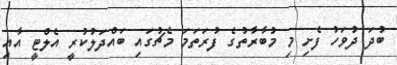
ބުދަ ދުވަހު ފެށި މި މުބާރާތުގެ ފުރަތަމަ މެޗުގައި ބައްދަލުކުރީ އެލްޓީ އާއި